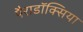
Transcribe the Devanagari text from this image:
पैराडॉक्सिया